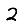
Digit: 2